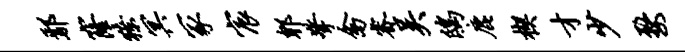
鄢窿獠冥冢宸郫擎禽睿吴鸱鹿楔才少婺